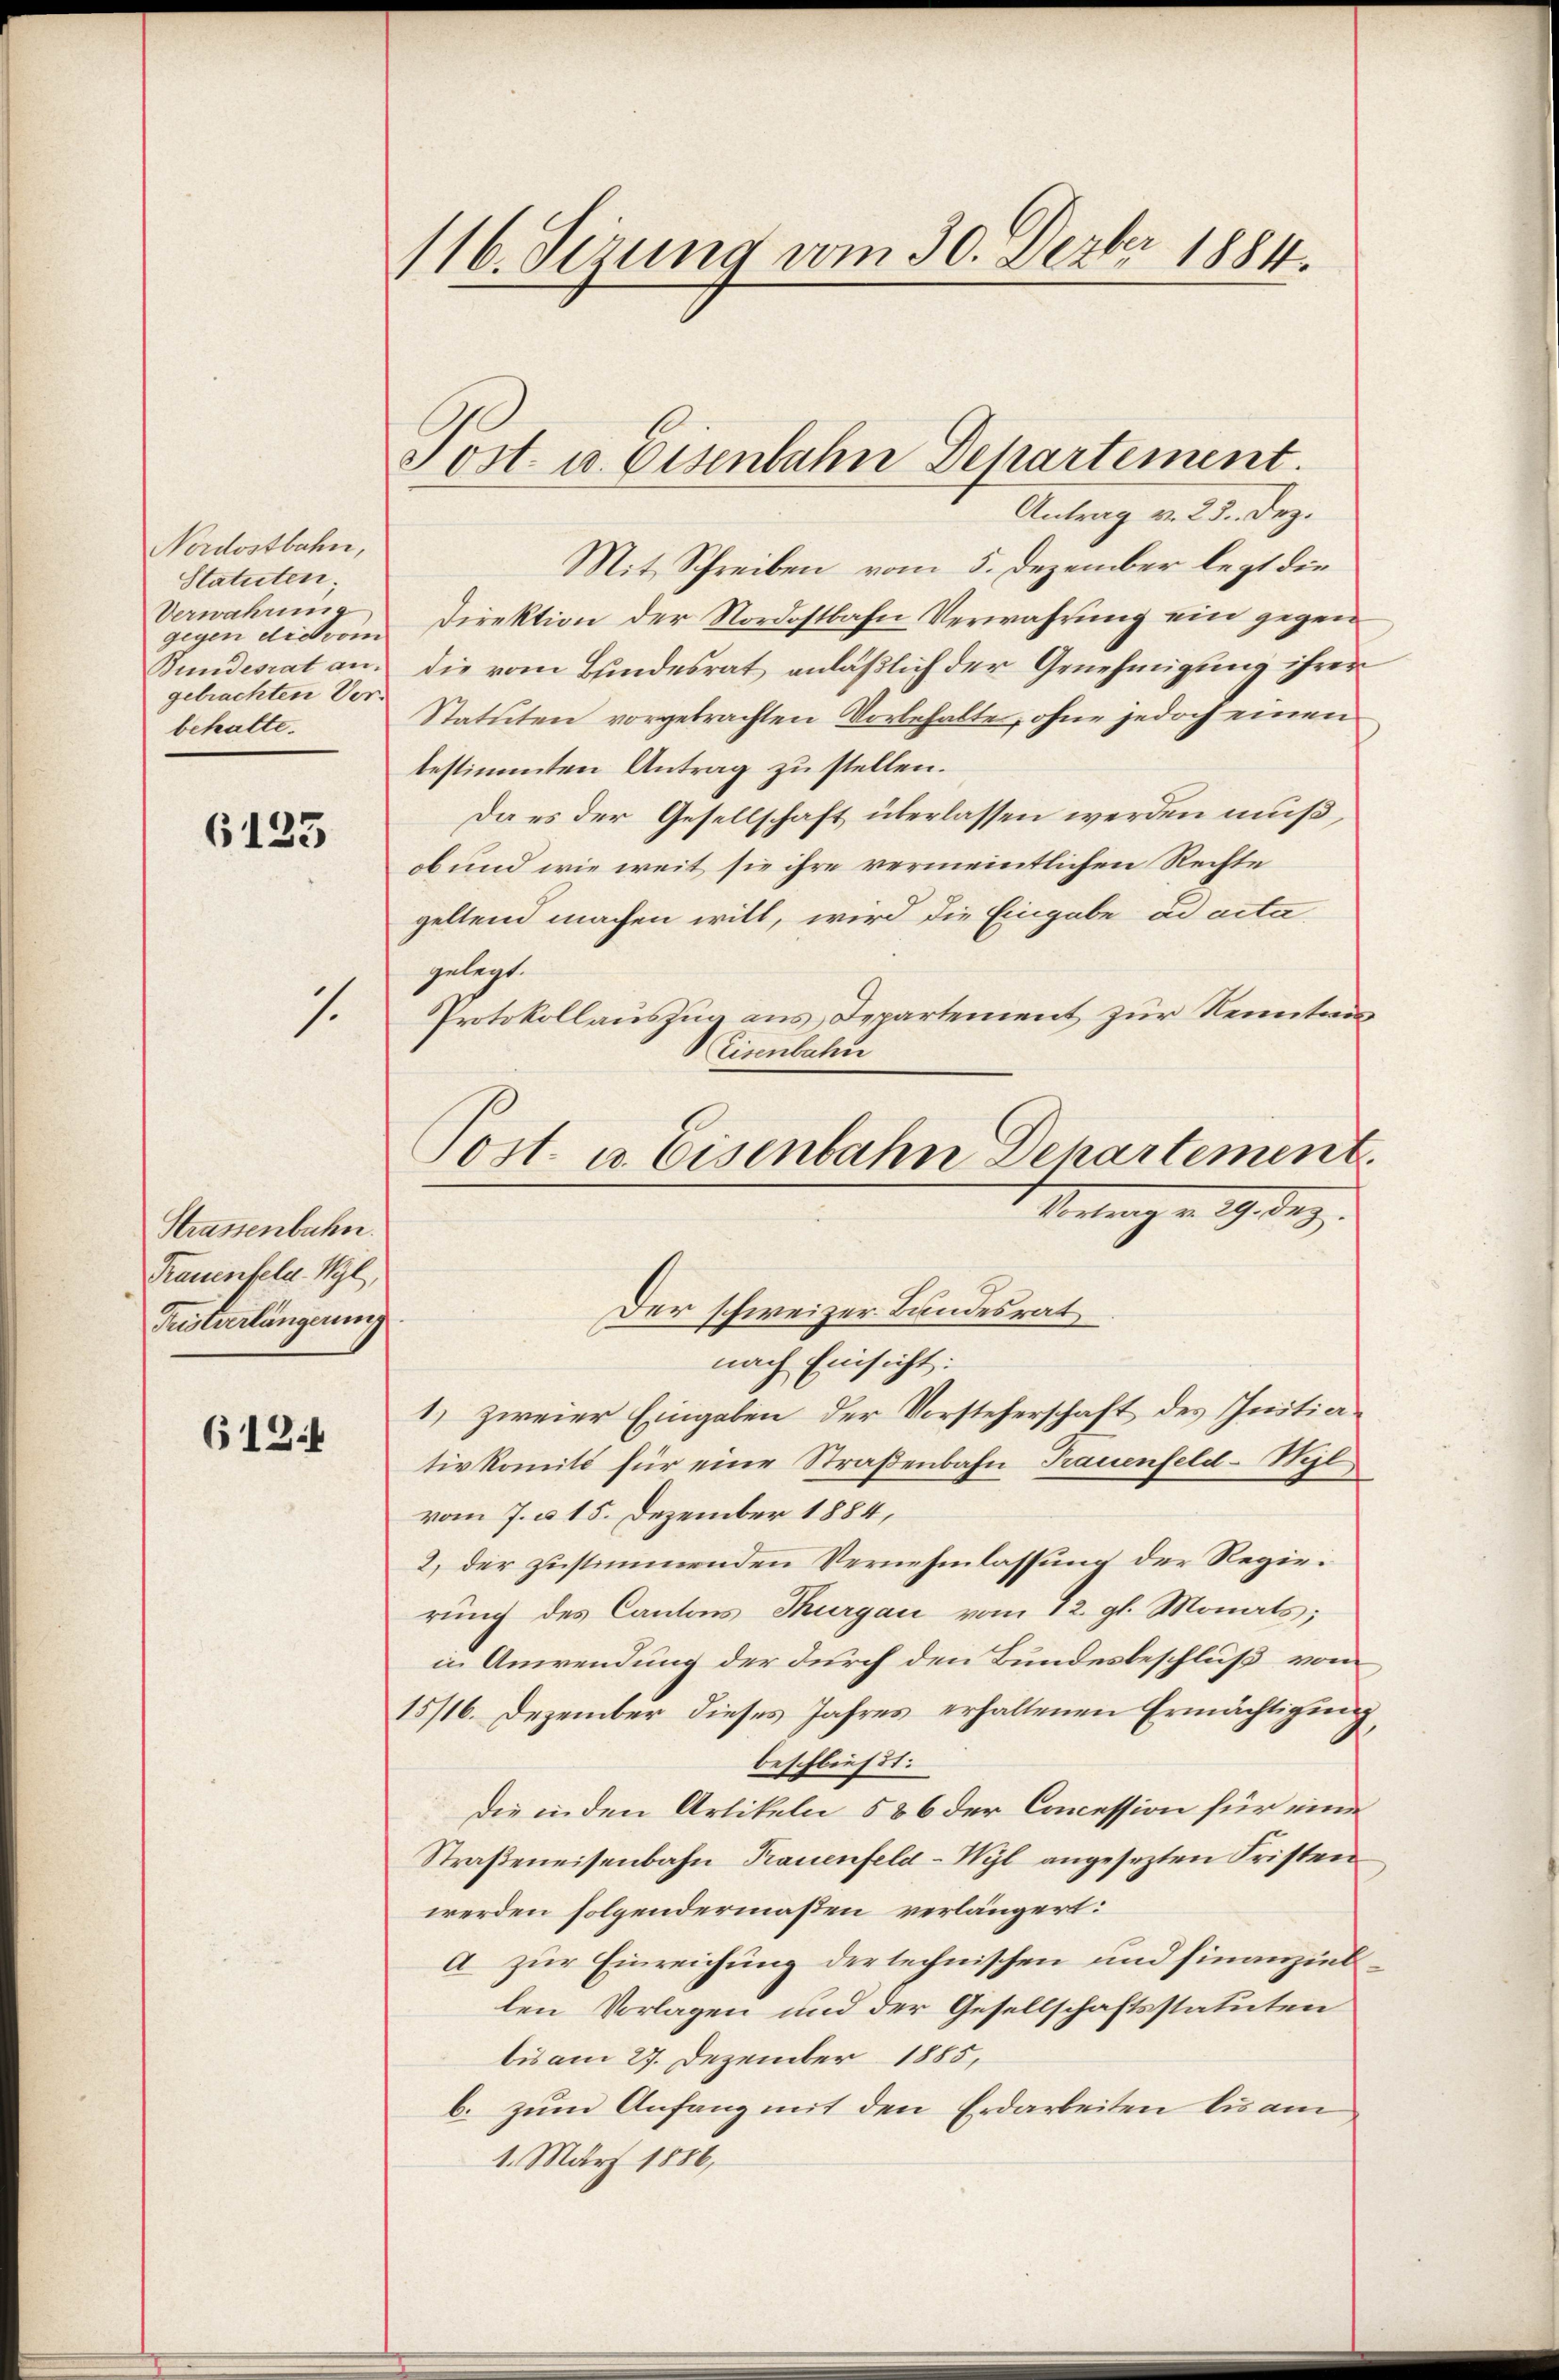
Nordostbahn,
Statuten;
Verwahrung
gebrachten Vorbehalte.

6123

7.

Strassenbahn.
Trauenfeld- Wyl,
Tustverlängerung

6134

116. Sezung vom 30. Dezbr 1884.

Antrag v. 23. Dez.
Mit Schreiben vom 5. Dezember legt die
gegen die vom Direktion der Nordostbahn Verwahrung ein gegen
Bundesrat an die vom Bundesrat anläßlich der Genehmigung ihrer
Statuten vorgebrachten Vorbehalte, ohne jedoch einen
bestimmten Antrag zu stellen.
Da es der Gesellschaft überlassen werden muß,
ob und wie weit sie ihre vermeintlichen Rechte
geltend machen will, wird die Eingabe ad acta
gelegt.
Protokollauszug aus Departement zur Kenntnis
Eisenbahn
nach Einsicht:
1) zweier Eingaben der Vorsteherschaft des Initiativkomité für eine Straßenbahn Trauenfeld-Wyl
vom 7. d. 15. Dezember 1884,
2) der zustimmenden Vernehmlassung der Regierung des Cantons Thurgau vom 12. gl. Monats;
in Anwendung der durch den Bundesbeschluß vom
15/16. Dezember dieses Jahres erhaltenen Ermächtigung,
beschließt:
die in den Artikeln 586 der Coccession für eine
Straßeneisenbahn Frauenfeld-Wyl angesezten Fristver
werden folgendermaßen verlängert:
a zur Einreichung der technischen und finanziellen Vorlagen und der Gesellschaftsstatuten
bis am 27. Dezember 1885,
b. zum Anfang mit den Erdarbeiten luam
1. März 1886,

Post u. Eisenbahn Departement.

Post. u. Eisenbahn Departement.
Vortrag v. 29. dez.
Der schweizer Bandesrat